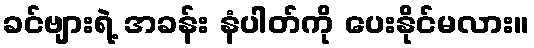
ခင်ဗျားရဲ့ အခန်း နံပါတ်ကို ပေးနိုင်မလား။